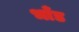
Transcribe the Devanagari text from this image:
भाँड